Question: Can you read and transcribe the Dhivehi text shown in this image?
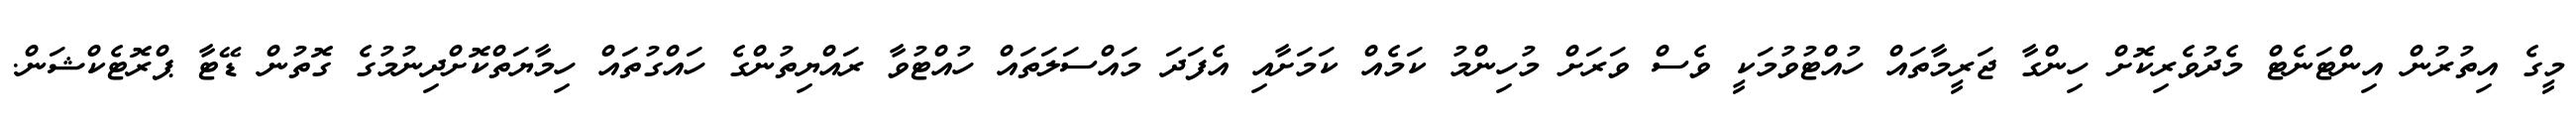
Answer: މީގެ އިތުރުން އިންޓަނެޓް މެދުވެރިކޮށް ހިންގާ ޖަރީމާތައް ހުއްޓުވުމަކީ ވެސް ވަރަށް މުހިންމު ކަމެއް ކަމަށާއި އެފަދަ މައްސަލަތައް ހުއްޓުވާ ރައްޔިތުންގެ ހައްގުތައް ހިމާޔަތްކޮށްދިނުމުގެ ގޮތުން ޑޭޓާ ޕްރޮޓެކްޝަން.